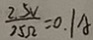
\frac { 2 . 5 V } { 2 5 \Omega } = 0 . 1 A